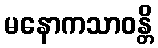
မနောကသာဝန္တိ